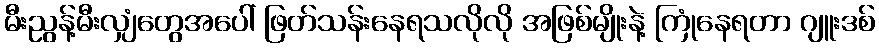
မီးညွန့်မီးလျှံတွေအပေါ် ဖြတ်သန်းနေရသလိုလို အဖြစ်မျိုးနဲ့ ကြုံနေရတာ ဂျူးဒစ်